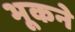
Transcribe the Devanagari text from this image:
भूकने